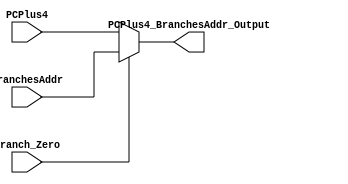
module PCPlus4_BranchesAddr_Mux (PCPlus4_BranchesAddr_Output, Branch_Zero , BranchesAddr , PCPlus4) ;

  // Scalers 
  
    input Branch_Zero ; 
  
  // Vectors 
  
   input      [31:0] BranchesAddr , PCPlus4 ; 
	
	output  [31:0] PCPlus4_BranchesAddr_Output ;
	
  /***********************************/
  
  // Select either 'PCPlus4' from the register file or the BranchesAddr as the second input for the Next MUX.
    // if Branch_Zero = 0  --> Output = PCPlus4
    // if Branch_Zero = 1  --> Output = BranchesAddr 
       
		 assign PCPlus4_BranchesAddr_Output =   (!Branch_Zero) ? PCPlus4 : BranchesAddr ;  



endmodule